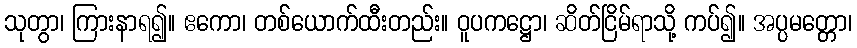
သုတွာ၊ ကြားနာရ၍။ ဧကော၊ တစ်ယောက်ထီးတည်း။ ဝူပကဋ္ဌော၊ ဆိတ်ငြိမ်ရာသို့ ကပ်၍။ အပ္ပမတ္တော၊